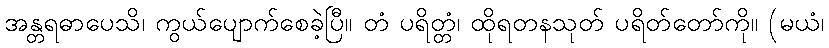
အန္တရဓာပေသိ၊ ကွယ်ပျောက်စေခဲ့ပြီ။ တံ ပရိတ္တံ၊ ထိုရတနသုတ် ပရိတ်တော်ကို။ (မယံ၊